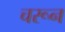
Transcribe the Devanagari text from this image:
चरून